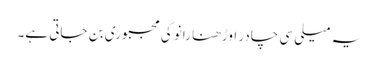
یہ میلی سی چادر اوڑھنا رانو کی مجبوری بن جاتی ہے۔